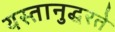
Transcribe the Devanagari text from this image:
यस्तानुद्धरते